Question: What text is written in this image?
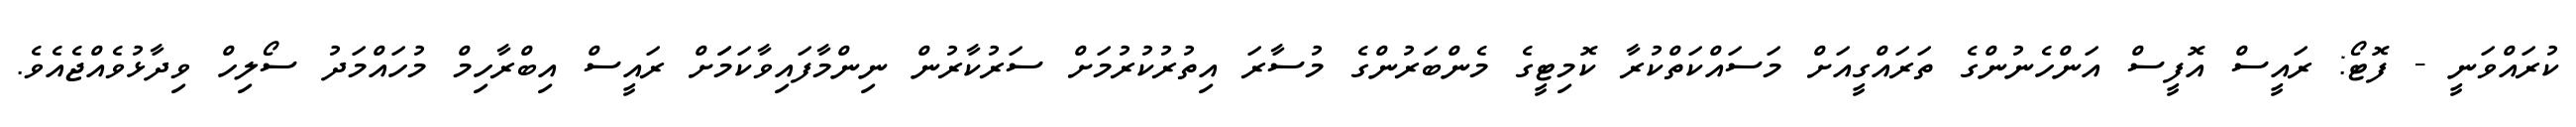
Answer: ކުރައްވަނީ - ފޮޓޯ: ރައީސް އޮފީސް އަންހެނުންގެ ތަރައްގީއަށް މަސައްކަތްކުރާ ކޮމިޓީގެ މެންބަރުންގެ މުސާރަ އިތުރުކުރުމަށް ސަރުކާރުން ނިންމާފައިވާކަމަަށް ރައީސް އިބްރާހިމް މުހައްމަދު ސޯލިހް ވިދާޅުވެއްޖެއެވެ.